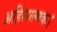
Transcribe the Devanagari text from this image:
अहिंसात्मक।